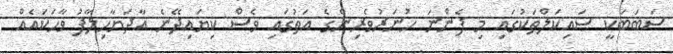
ސަބަބަކީ ސައިކަލްތަކުގައި މި ފެންނަ ހުނަރުވެރިންގެ އަތުގައި ވެސް ކިޔައިދޭނެ އާދަޔާހިލާފު ވާހަކައެއް